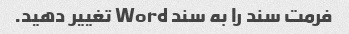
فرمت سند را به سند Word تغییر دهید.